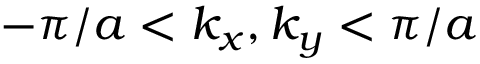
- \pi / a < k _ { x } , k _ { y } < \pi / a